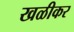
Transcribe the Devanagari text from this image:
खळीकर